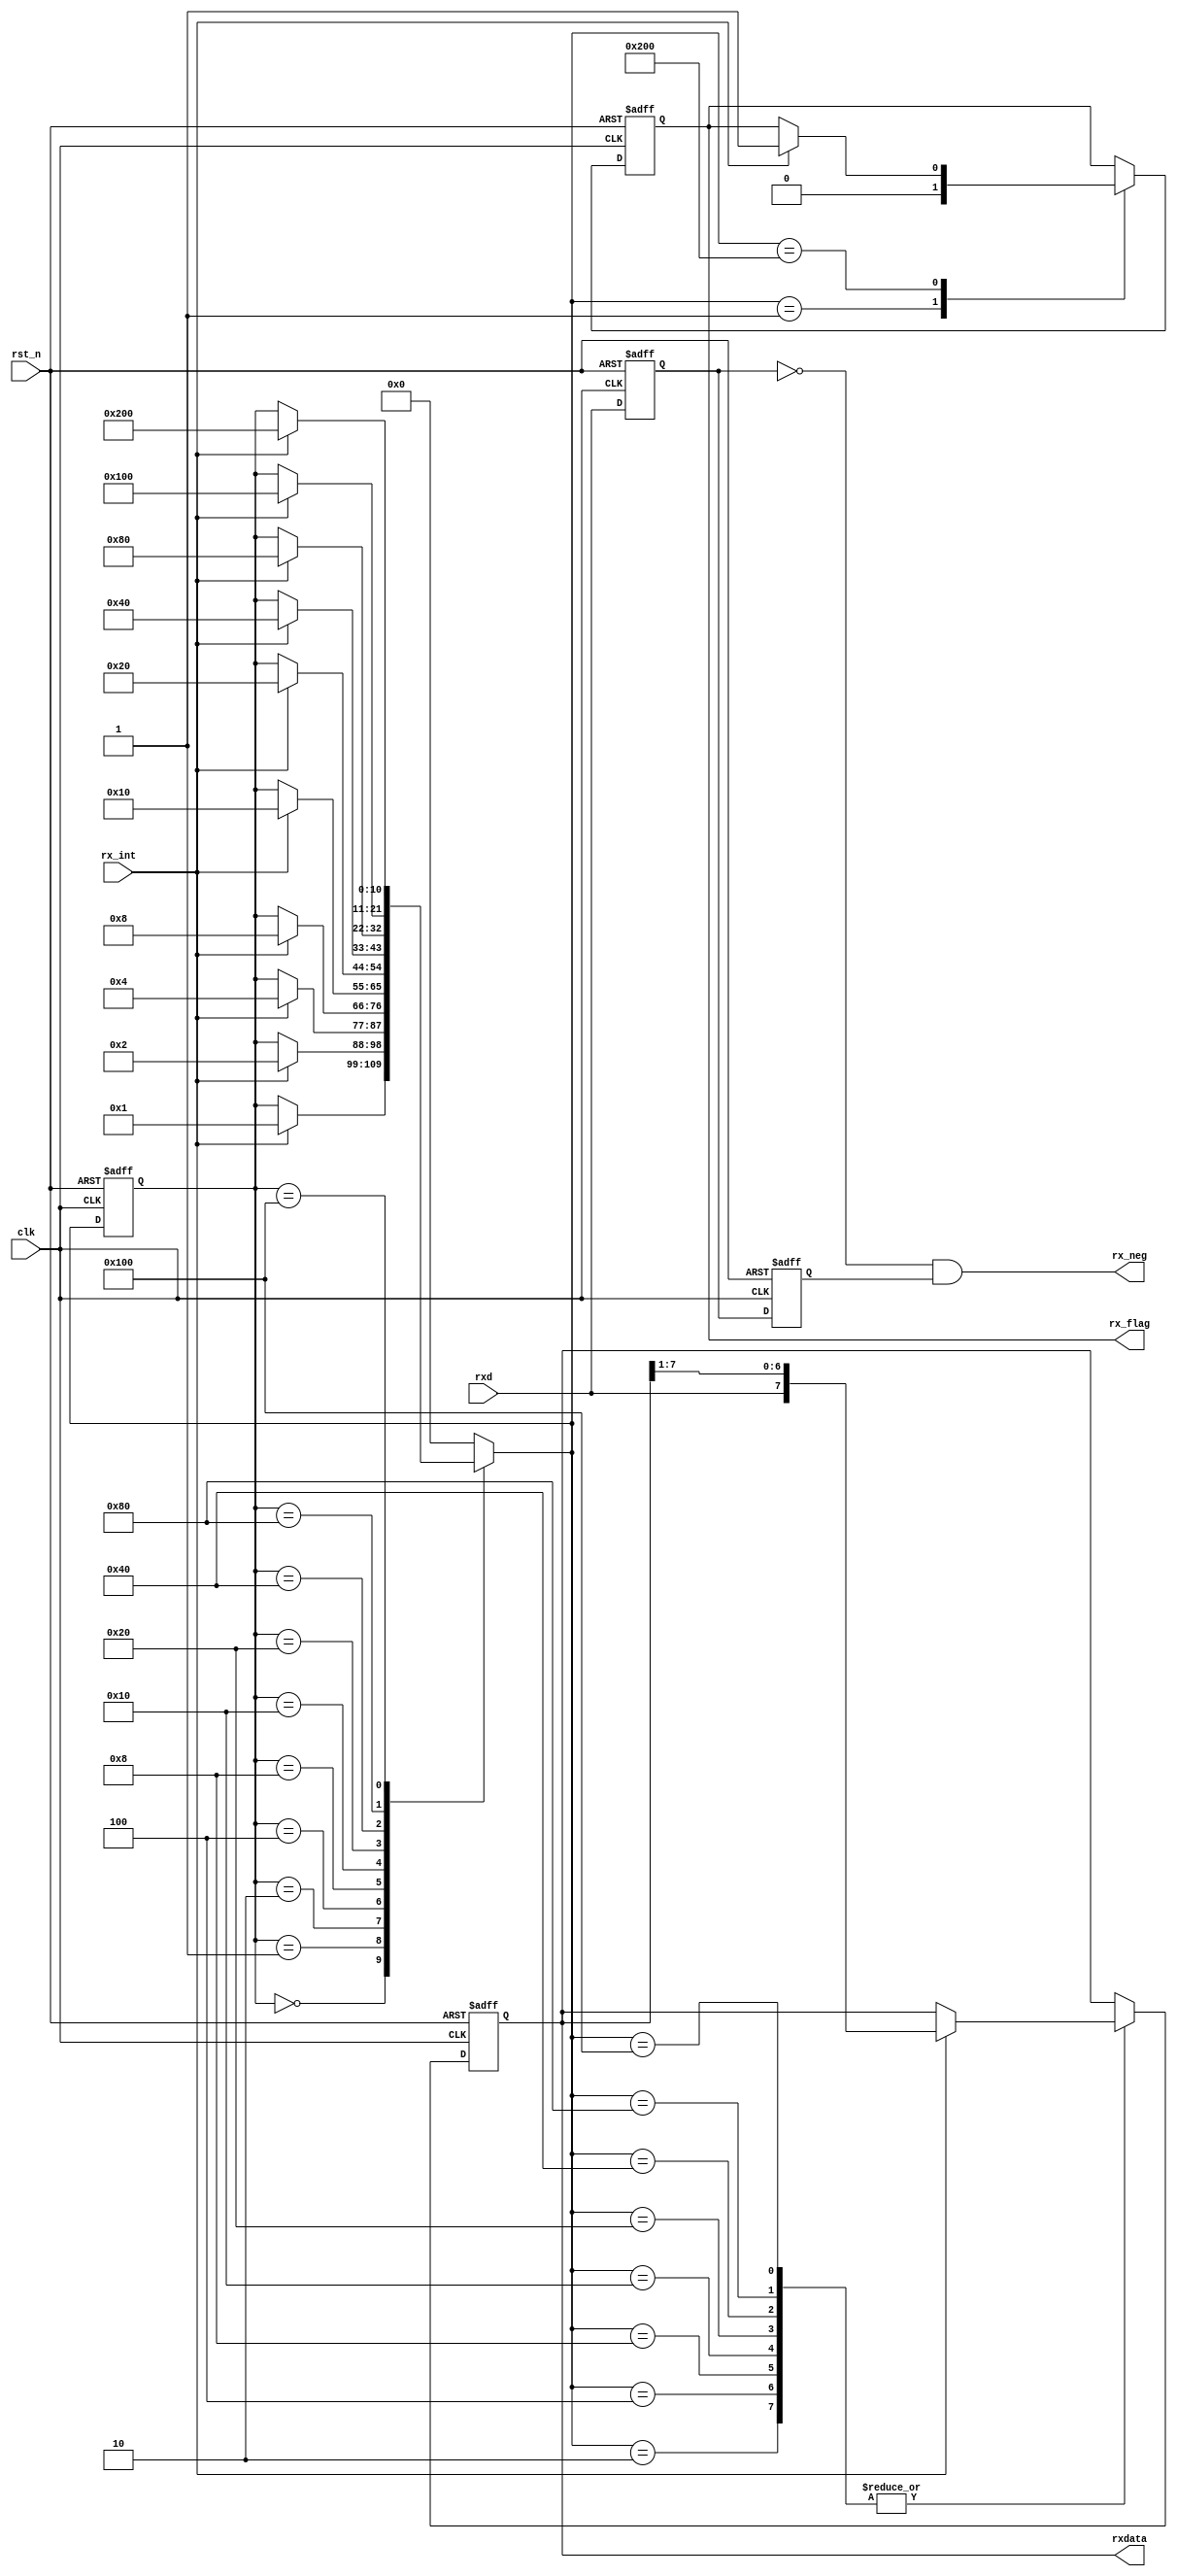
module UART_RX
(
	input wire clk,
	input wire rst_n,
	input wire rxd,
	input wire rx_int,
	
	output wire rx_neg,
	output reg[7:0]	rxdata,
	output reg rx_flag	
);

parameter[9:0]  IDLE = 10'b00_0000_0000,
		          S0 = 10'b00_0000_0001,
		          S1 = 10'b00_0000_0010,
		          S2 = 10'b00_0000_0100,
		          S3 = 10'b00_0000_1000,
		          S4 = 10'b00_0001_0000,
		          S5 = 10'b00_0010_0000,
		          S6 = 10'b00_0100_0000,
		          S7 = 10'b00_1000_0000,
		          S8 = 10'b01_0000_0000,
		          S9 = 10'b10_0000_0000;
		         // S10 = 11'b100_0000_0000;

//rxd
reg  rx_neg_r1;
reg  rx_neg_r2;

always@(posedge clk or negedge rst_n)
begin
	if(!rst_n)
		begin
			rx_neg_r1 <= 1'b1;
			rx_neg_r2 <= 1'b1;
		end
	else
		begin
			rx_neg_r1 <= rxd;
			rx_neg_r2 <= rx_neg_r1;
		end
end

assign rx_neg = (~rx_neg_r1) & rx_neg_r2;

//
reg[10:0]	 current_state;
reg[10:0]	 next_state;

always@(posedge clk or negedge rst_n)
begin
	if(!rst_n)
		current_state <= IDLE;
	else
		current_state <= next_state;
end

always@(*)
begin
	case(current_state)
		IDLE:next_state = (rx_int)? S0:current_state;
		  S0:next_state = (rx_int)? S1:current_state;
		  S1:next_state = (rx_int)? S2:current_state;
		  S2:next_state = (rx_int)? S3:current_state;
		  S3:next_state = (rx_int)? S4:current_state;
		  S4:next_state = (rx_int)? S5:current_state;
		  S5:next_state = (rx_int)? S6:current_state;
		  S6:next_state = (rx_int)? S7:current_state;
		  S7:next_state = (rx_int)? S8:current_state;
		  S8:next_state = (rx_int)? S9:current_state;
		  S9:next_state = IDLE;
		  // S10:next_state = IDLE;
		  default:next_state = IDLE;
	endcase
end

always@(posedge clk or negedge rst_n)
begin
	if(!rst_n)
		begin
			rxdata  <= 8'h0;
			rx_flag <= 1'b0;
		end
	else begin
		case(next_state)
			IDLE:;
			  S0:rx_flag <= 1'b0;
			  S1:begin if(rx_int) rxdata  <= {rxd,rxdata[7:1]}; end
			  S2:begin if(rx_int) rxdata  <= {rxd,rxdata[7:1]}; end
			  S3:begin if(rx_int) rxdata  <= {rxd,rxdata[7:1]}; end
			  S4:begin if(rx_int) rxdata  <= {rxd,rxdata[7:1]}; end
			  S5:begin if(rx_int) rxdata  <= {rxd,rxdata[7:1]}; end
			  S6:begin if(rx_int) rxdata  <= {rxd,rxdata[7:1]}; end
			  S7:begin if(rx_int) rxdata  <= {rxd,rxdata[7:1]}; end
			  S8:begin if(rx_int) rxdata  <= {rxd,rxdata[7:1]}; end
			  S9:begin if(rx_int) rx_flag <= 1'b1; end
			  // S10:;
		      default:;
		endcase
	end
end

endmodule